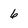
Character: 6